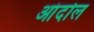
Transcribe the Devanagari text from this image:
आंदोल